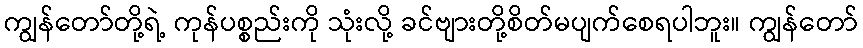
ကျွန်တော်တို့ရဲ့ ကုန်ပစ္စည်းကို သုံးလို့ ခင်ဗျားတို့စိတ်မပျက်စေရပါဘူး။ ကျွန်တော်